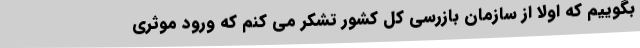
بگوییم که اولا از سازمان بازرسی کل کشور تشکر می کنم که ورود موثری